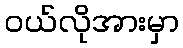
ဝယ်လိုအားမှာ